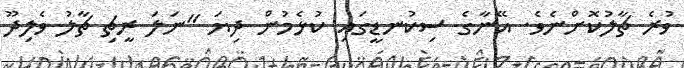
ވުރެ ޗާލުކޮށްނެވެ. އޭނާގެ ސިކުނޑީގައި ކުޅެމުން ދިޔަ "ނަލަ ރީޗި ޗާލު ވެލިދޫ